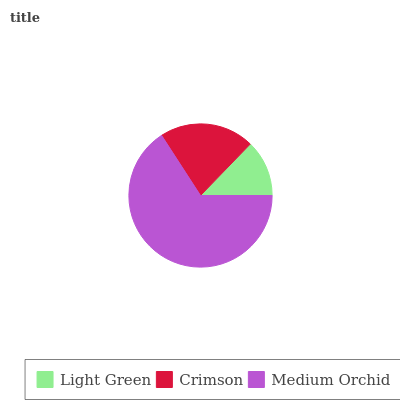
| Light Green | Crimson | Medium Orchid |
 | --- | --- | --- |
 | 12.8% | 21.3% | 65.9% |